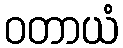
ဝတာယံ